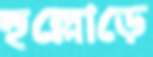
হুল্লোড়ে